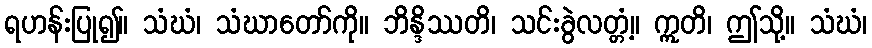
ရဟန်းပြု၍။ သံဃံ၊ သံဃာတော်ကို။ ဘိန္ဒိဿတိ၊ သင်းခွဲလတ္တံ့။ ဣတိ၊ ဤသို့။ သံဃံ၊